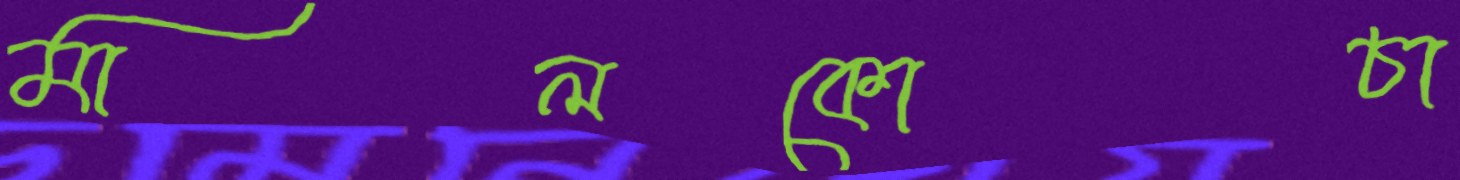
মালকোচা